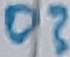
Text: D?